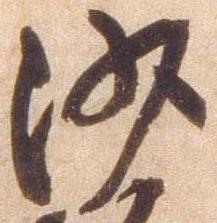
沙